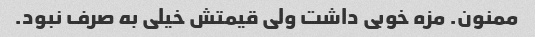
ممنون. مزه خوبی داشت ولی قیمتش خیلی به صرف نبود.